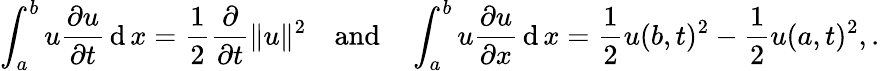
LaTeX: \int_{a}^{b}u{\frac{\partial u}{\partial t}}\operatorname{d}x={\frac{1}{2}}{\frac{\partial}{\partial t}}\| u\| ^{2}\quad{\mathrm{and}}\quad\int_{a}^{b}u{\frac{\partial u}{\partial x}}\operatorname{d}x={\frac{1}{2}}u(b,t)^{2}-{\frac{1}{2}}u(a,t)^{2},.